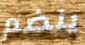
ينضم